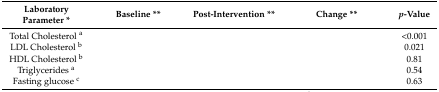
<table><thead><tr><td><b>LaboratoryParameter *</b></td><td><b>Baseline **</b></td><td><b>Post-Intervention **</b></td><td><b>Change **</b></td><td><b><i>p</i>-Value</b></td></tr></thead><tbody><tr><td>Total Cholesterol <sup>a</sup></td><td>[EMPTY_CELL]</td><td>[EMPTY_CELL]</td><td>[EMPTY_CELL]</td><td>&lt;0.001</td></tr><tr><td>LDL Cholesterol <sup>b</sup></td><td>[EMPTY_CELL]</td><td>[EMPTY_CELL]</td><td>[EMPTY_CELL]</td><td>0.021</td></tr><tr><td>HDL Cholesterol <sup>b</sup></td><td>[EMPTY_CELL]</td><td>[EMPTY_CELL]</td><td>[EMPTY_CELL]</td><td>0.81</td></tr><tr><td>Triglycerides <sup>a</sup></td><td>[EMPTY_CELL]</td><td>[EMPTY_CELL]</td><td>[EMPTY_CELL]</td><td>0.54</td></tr><tr><td>Fasting glucose <sup>c</sup></td><td>[EMPTY_CELL]</td><td>[EMPTY_CELL]</td><td>[EMPTY_CELL]</td><td>0.63</td></tr></tbody></table>